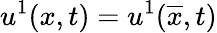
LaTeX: u^{1}(x,t)=u^{1}(\overline{{x}},t)